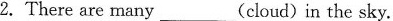
2.There are many___(cloud) in the sky.